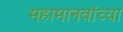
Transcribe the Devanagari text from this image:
महामानवांच्या